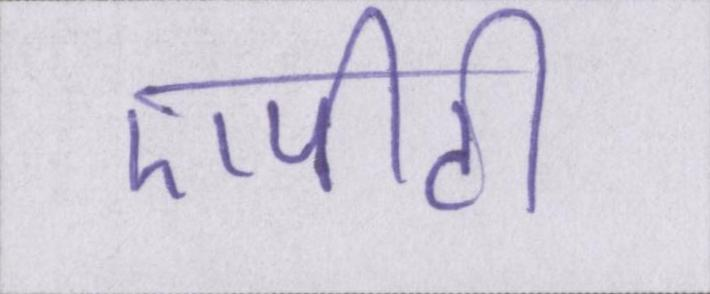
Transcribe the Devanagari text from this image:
एपीटी